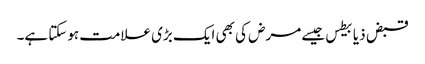
قبض ذیابیطس جیسے مرض کی بھی ایک بڑی علامت ہوسکتا ہے۔